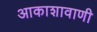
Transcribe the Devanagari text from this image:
आकाशावाणी